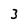
Character: 3